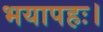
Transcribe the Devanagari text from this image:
भयापहः।